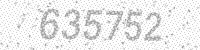
Solution: 635752